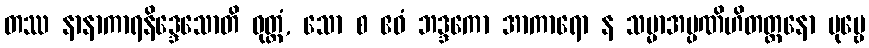
တဿ နာနာကာရနိဒ္ဒေသောတိ ဝုတ္တံ, သော စ ဧဝံ ဘဒ္ဒကော အာကာရော န သမ္မာအပ္ပဏိဟိတတ္တနော ပုဗ္ဗေ